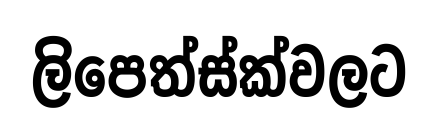
ලිපෙත්ස්ක්වලට